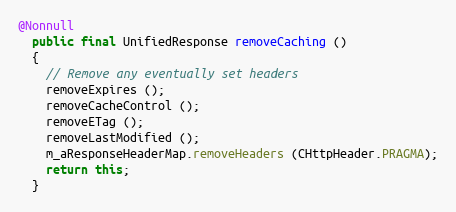
Language: Java
@Nonnull
  public final UnifiedResponse removeCaching ()
  {
    // Remove any eventually set headers
    removeExpires ();
    removeCacheControl ();
    removeETag ();
    removeLastModified ();
    m_aResponseHeaderMap.removeHeaders (CHttpHeader.PRAGMA);
    return this;
  }